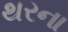
થરના